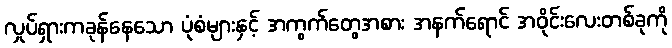
လှုပ်ရှားကခုန်နေသော ပုံစံများနှင့် အကွက်တွေအစား အနက်ရောင် အဝိုင်းလေးတစ်ခုကို